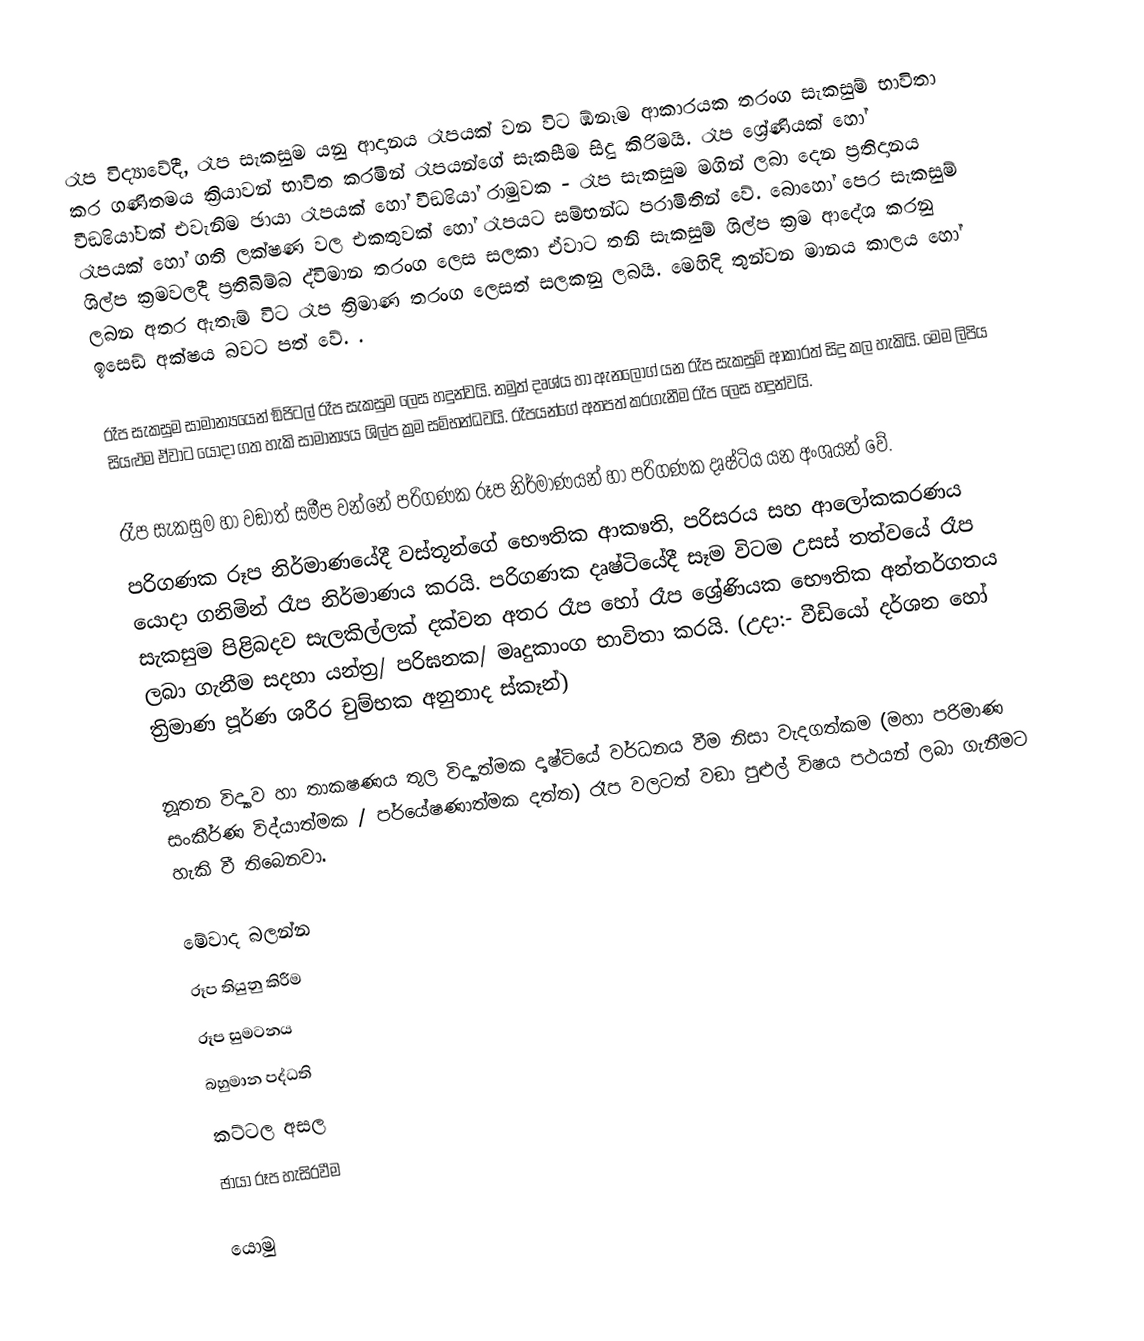
රෑප‍ විද්‍යාවේදී, රෑප‍ සැකසුම යනු ආදානය රෑප‍යක් වන විට ඹ්නෑම ආකාරයක තරංග සැකසුම් භාවිතා කර ගණිතමය ක්‍රියාවන් භාවිත කරමින් රෑප‍යන්ගේ සැකසීම සිදු කිරිමයි. රෑප‍ ශ්‍රේණියක් හෝ වීඞියෝවක් එවැනිම ඡායා රෑපයක් හෝ වීඞියෝ රාමුවක - රෑප‍ සැකසුම මගින් ලබා දෙන ප්‍රතිදානය රෑප‍යක් ‍හෝ ගති ලක්ෂණ වල එකතුවක් හෝ රෑප‍යට සම්භන්ධ පරාමිතින් වේ. බොහෝ පෙර සැකසුම් ශිල්ප ක්‍රමවලදී ප්‍රතිබිම්බ ද්විමාන තරංග ලෙස සලකා ඒවාට තනි සැකසුම් ශිල්ප ක්‍රම ආදේශ කරනු ලබන අතර ඇතැම් විට රෑප‍ ත්‍රිමාණ තරංග ලෙසත් සලකනු ලබයි. මෙහිදි තුන්වන මානය කාලය හෝ ඉසෙඞ් අක්ෂය බවට පත් වේ. . 

රෑප‍ සැකසුම සාමාන්‍යයෙන් ඞිජිටල් රෑප‍ සැකසුම ලෙස හදුන්වයි. නමුත් දෘශ්ය හා ඇනලොග් යන රෑප‍ සැකසුම් ආකාරත් සිදු කල හැකියි. මෙම ලිපිය සියළුම ඒවාට යොදා ගත හැකි සාමාන්‍යය ශිල්ප ක්‍රම සම්භන්ධවයි. රෑප‍යන්ගේ අතපත් කරගැනීම රෑප ලෙස හදුන්වයි.

රෑප‍ සැකසුම හා වඞාත් සමීප වන්නේ පරිගණක රූප නිර්මාණයන් හා පරිගණක දෘෂ්ටිය යන අංශයන් වේ.
පරිගණක රූප නිර්මාණයේදී වස්තූන්ගේ භෞතික ආකෳති, පරිසරය සහ ආලෝකකරණය යොදා ගනිමින් රෑප‍ නිර්මාණය කරයි. පරිගණක දෘෂ්ටියේදී සෑම විටම උසස් තත්වයේ රෑප‍ සැකසුම පිළිබදව සැලකිල්ලක් දක්වන අතර  රෑප‍ හෝ රෑප‍ ශ්‍රේණියක භෞතික අන්තර්ගතය ලබා ගැනීම සදහා යන්ත්‍ර/ පරිඝනක/ මෘදුකාංග භාවිතා කරයි. (උදා:- වීඩියෝ දර්ශන හෝ ත්‍රිමාණ පූර්ණ ශරීර චුම්භක අනුනාද ස්කෑන්)

නූතන විද්‍යාව හා තාකෂණය තුල විද්‍යාත්මක දෘෂ්ටියේ වර්ධනය වීම නිසා වැදගත්කම (මහා පරිමාණ සංකීර්ණ විද්යාත්මක / පර්යේෂණාත්මක දත්ත)  රෑප‍ වලටත් වඞා පුළුල් විෂය පථයන් ලබා ගැනීමට හැකි වී තිබෙනවා.

මේවාද බලන්න
 රූප තියුනු කිරීම
 රූප සුමටනය
 බහුමාන පද්ධති
 කට්ටල අසල
 ඡායා රූප හැසිරවීම

යොමු